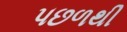
પછળથી